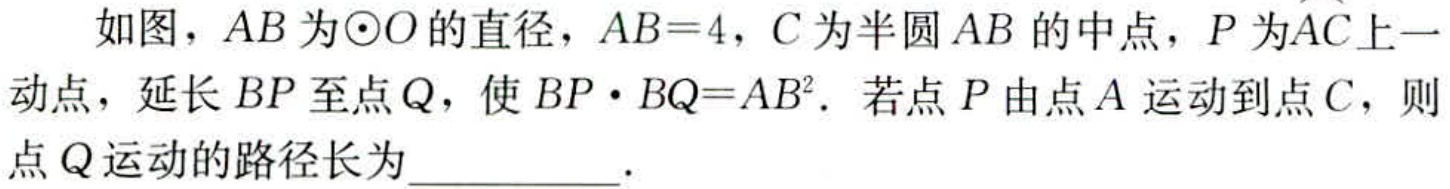
如图，\(AB\)为\(\odot O\)的直径，\(AB = 4\)，\(C\)为半圆\(AB\)的中点，\(P\)为\(\overset{\frown}{AC}\)上一动点，延长\(BP\)至点\(Q\)，使\(BP\cdot BQ = AB^{2}\)．若点\(P\)由点\(A\)运动到点\(C\)，则动点\(Q\)运动的路径长为  ．